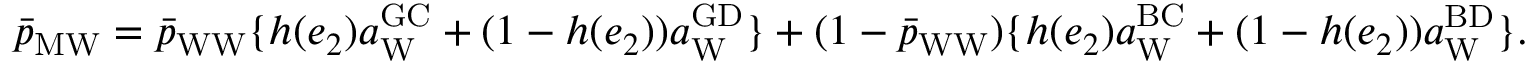
\begin{array} { r l } & { \bar { p } _ { \mathrm { M W } } = \bar { p } _ { \mathrm { W W } } \{ h ( e _ { 2 } ) a _ { \mathrm { W } } ^ { \mathrm { G C } } + ( 1 - h ( e _ { 2 } ) ) a _ { \mathrm { W } } ^ { \mathrm { G D } } \} + ( 1 - \bar { p } _ { \mathrm { W W } } ) \{ h ( e _ { 2 } ) a _ { \mathrm { W } } ^ { \mathrm { B C } } + ( 1 - h ( e _ { 2 } ) ) a _ { \mathrm { W } } ^ { \mathrm { B D } } \} . } \end{array}